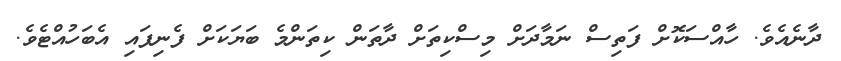
ދާނެއެވެ. ހާއްސަކޮށް ފަތިސް ނަމާދަށް މިސްކިތަށް ދާތަން ކިތަންމެ ބަޔަކަށް ފެނިފައި އެބަހުއްޓެވެ.